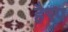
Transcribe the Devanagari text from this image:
हैरप